Annual report on the Civil Veterinary Department, Burma (including the Insein Veterinary School) - 1932-1941
Year: 1932
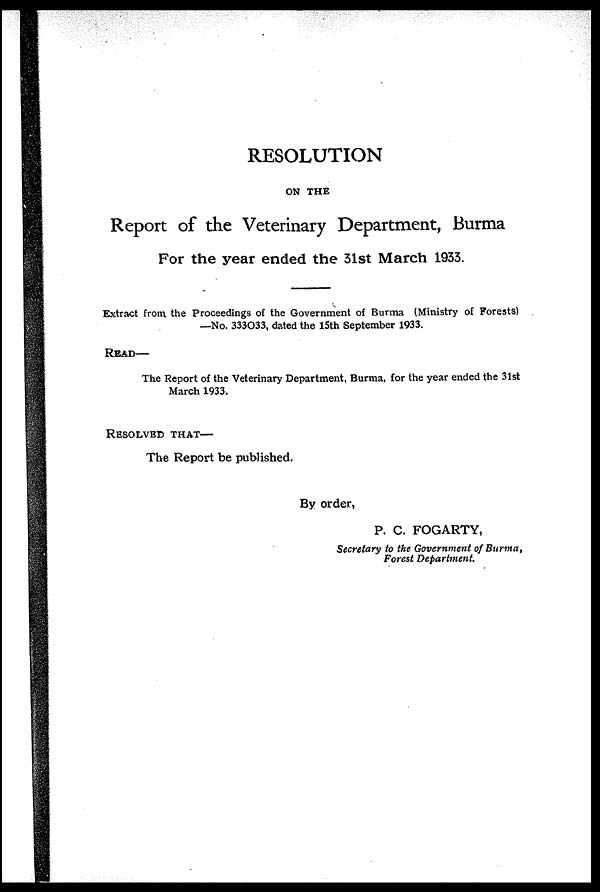
RESOLUTION
ON THE
Report of the Veterinary Department, Burma
For the year ended the 31st March 1933.
Extract from the Proceedings of the Government of Burma (Ministry of Forests)
—No. 333033, dated the 15th September 1933.
READ—
The Report of the Veterinary Department, Burma, for the year ended the 31st
March 1933.
RESOLVED THAT—
The Report be published.
By order,
P. C. FOGARTY,
Secretary to the Government of Burma,
Forest Department.